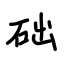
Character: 础